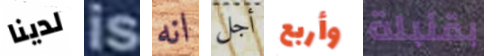
لدينا is انه أجل وأربع بقنبلة